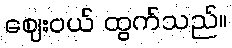
ဈေးဝယ် ထွက်သည်။